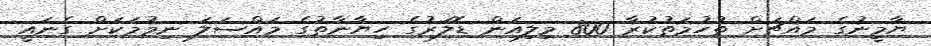
ޔާމީނުގެ މައްޗަށް ތުހުމަތުކުރާ 800 މިލިއަން ޑޮލަރުގެ ހިޔާނާތުގެ މައްސަލަ ނިމުމަކަށް ގެނައީ